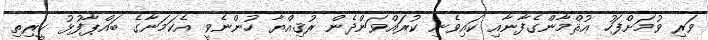
ވަރި ވުމަށްފަހު ޢުޘްމާންގެފާނާއި ކައިވެނި ކުރައްވަންދެން ރުޤިއްޔާ ހުންނެވީ އެކަމަނާގެ ބައްޕާފުޅު ކީރިތި